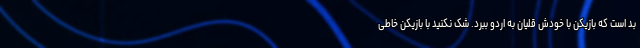
بد است که بازیکن با خودش قلیان به اردو ببرد. شک نکنید با بازیکن خاطی